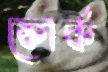
ফোর্ক